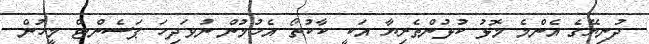
ދުނިޔޭގެ އެންމެ މޮޅު ކުޅުންތެރިޔާ އަކީ ކާކުތޯ އެހުމުން ނުވަދިހަ ޕަސެންޓް މީހުން